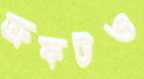
ক্রফটও